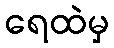
ရေထဲမှ